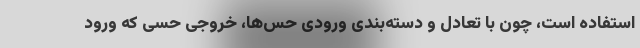
استفاده است، چون با تعادل و دسته‌بندی ورودی حس‌ها، خروجی حسی که ورود